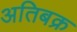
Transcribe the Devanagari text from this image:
अतिबक्र